Leaving Certificate Examination, 1921
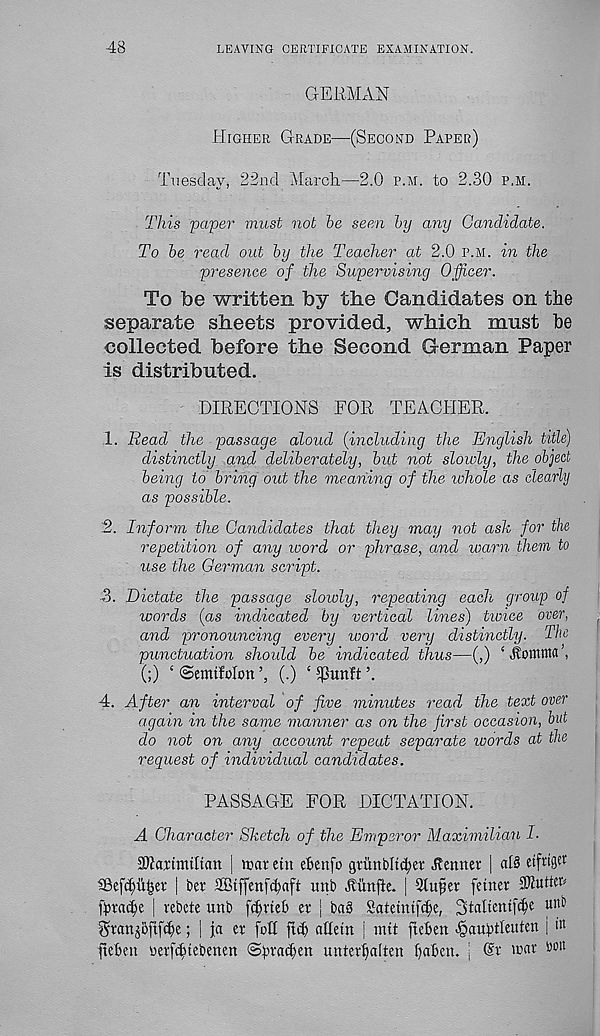
48
LEAVING CERTIFICATE EXAMINATION.
GERMAN
Higher Grade—(Second Paper)
Tuesday, 22nd March—2.0 p.m. to 2.30 p.m.
This paper must not be seen by any Candidate.
To be read out by the Teacher at 2.0 p.m. in the
presence of the Supervising Officer.
To Tbe written by the Candidates on the
separate sheets provided, which must be
collected before the Second German Paper
is distributed.
DIRECTIONS FOR TEACHER.
1. Read the passage aloud (including the English title)
distinctly and deliberately, but not slowly, the object
being to bring out the meaning of the whole as clearly
as possible.
2. Inform the Candidates that they may not ash for the
repetition of any roord or phrase, and warn them to
use the German script.
•3. Dictate the passage slowly, repeating each group of
words (as indicated by vertical lines) tivice over,
and pronouncing every word very distinctly. The
punctuation should be indicated thus—(,) ‘jtotttttta’,
(;) ‘ (SemtMon
(.) ‘ $unft
4. After an interval of five minutes read the text over
again in the same manner as on the first occasion, but
do not on any account repeat separate words at the
request of individual candidates.
PASSAGE FOR DICTATION.
A Character Sketch of the Emperor Maximilian I.
SWattmiltan | it>ar etu etenfo gturtblt^er tenner | al§ etfnger
| bet SBiffettfctaft unb Jtiinfte. | 3tufer fewer SRuttw
fpradjje | vebete unb fdjrteb er j ba§ Satetmfdje, 2>taltentfcf>e
Stcmj&fifcfje; | ja et foil fnl) cittern | nut fteben ^aubtleuten j in
fteben uetfc^tebenen @tn-a(ben unter^alten b^ben. j @t wen' bon